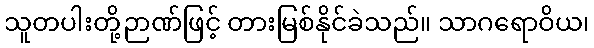
သူတပါးတို့ဉာဏ်ဖြင့် တားမြစ်နိုင်ခဲသည်။ သာဂရောဝိယ၊